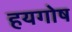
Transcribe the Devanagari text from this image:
हयगोष